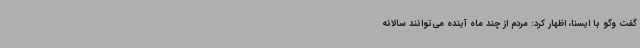
گفت وگو با ایسنا، اظهار کرد: مردم از چند ماه آینده می‌توانند سالانه